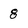
Character: 8